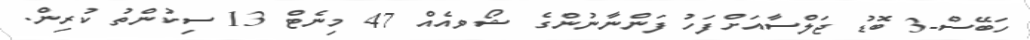
ހަބޭސް-3 ބޮޑު ޖަލްސާއަށްފަހު ފަންނާނުންގެ ޝޯވއެއް 47 މިނެޓް 13 ސިކުންތު ކުރިން.